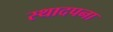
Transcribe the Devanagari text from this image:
स्थादपना